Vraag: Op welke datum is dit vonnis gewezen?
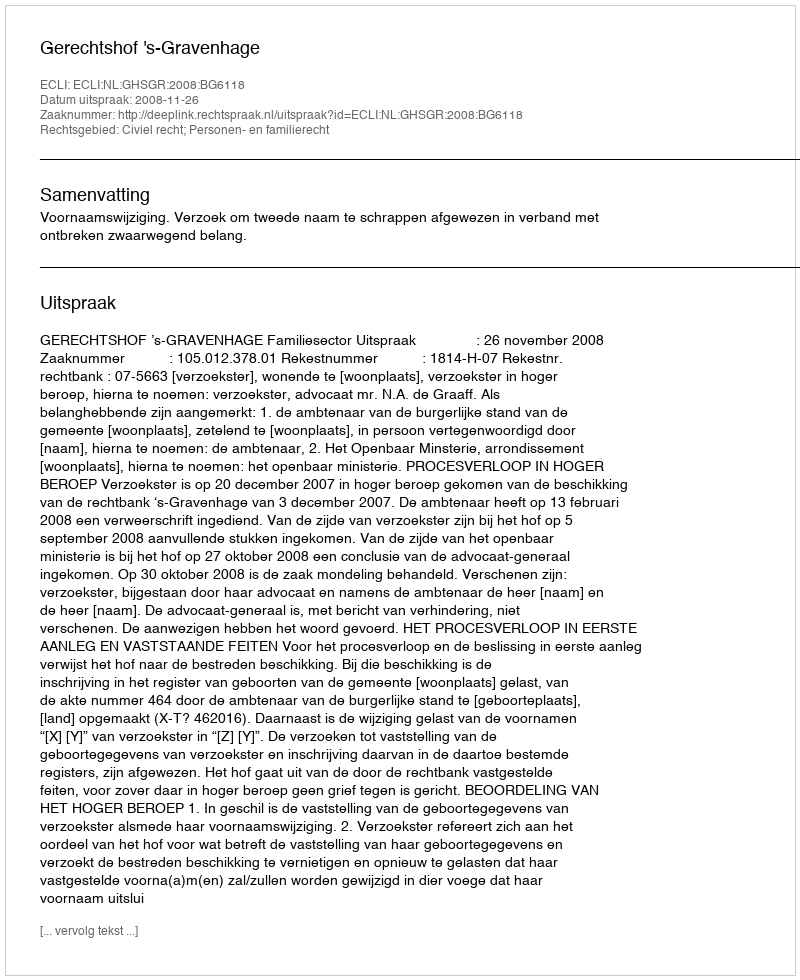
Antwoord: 2008-11-26